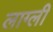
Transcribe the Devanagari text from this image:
लाग्ली